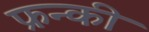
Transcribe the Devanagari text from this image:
फ्रन्की